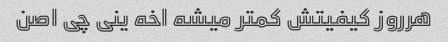
هرروز کیفیتش کمتر میشه اخه ینی چی اصن